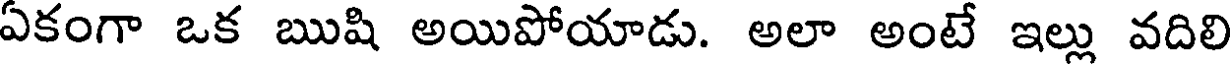
ఏకంగా ఒక ఋషి అయిపోయాడు. అలా అంటే ఇల్లు వదిలి